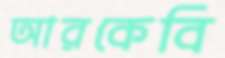
আরকেবি